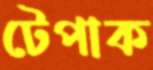
টেপাক